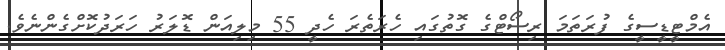
އެމްޓީޑީސީގެ ފުރަތަމަ ރިސޯޓްގެ ގޮތުގައި ހެރަތެރަ ހެދީ 55 މިލިއަން ޑޮލަރު ހަރަދުކޮށްގެންނެވެ.